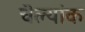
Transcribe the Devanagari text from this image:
चॆल्यांक